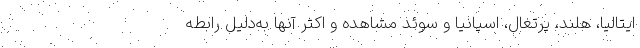
ایتالیا، هلند، پرتغال، اسپانیا و سوئد مشاهده و اکثر آنها به‌دلیل رابطه